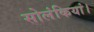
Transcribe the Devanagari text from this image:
सोलंकियां।